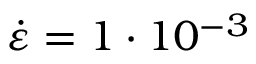
\dot { \varepsilon } = 1 \cdot 1 0 ^ { - 3 }